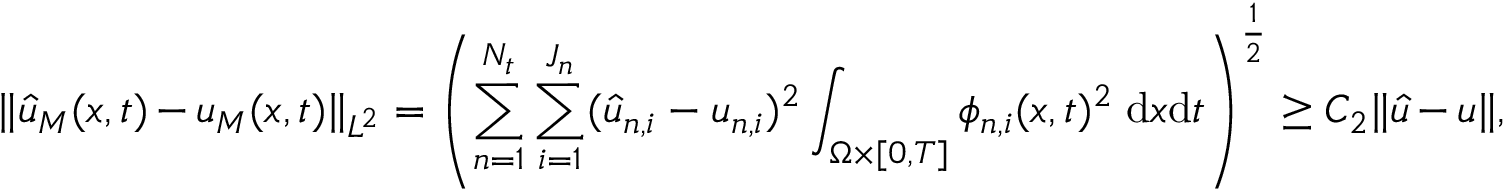
\| \hat { u } _ { M } ( \boldsymbol { x } , t ) - u _ { M } ( \boldsymbol { x } , t ) \| _ { L ^ { 2 } } = \left( \sum _ { n = 1 } ^ { N _ { t } } \sum _ { i = 1 } ^ { J _ { n } } ( \hat { u } _ { n , i } - u _ { n , i } ) ^ { 2 } \int _ { \Omega \times [ 0 , T ] } \phi _ { n , i } ( \boldsymbol { x } , t ) ^ { 2 } \; \mathrm { d } \boldsymbol { x } \mathrm { d } t \right) ^ { \frac { 1 } { 2 } } \ge C _ { 2 } \| \boldsymbol { \hat { u } } - \boldsymbol { u } \| ,